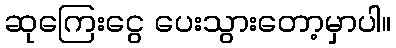
ဆုကြေးငွေ ပေးသွားတော့မှာပါ။